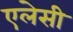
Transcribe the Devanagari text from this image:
एलेसी